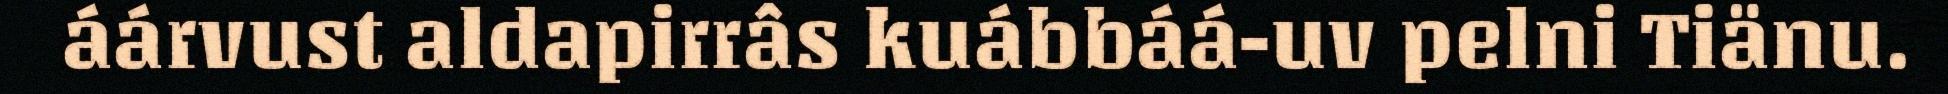
áárvust aldapirrâs kuábbáá-uv pelni Tiänu.